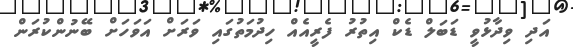
އަދި ވިދާޅުވީ ޑަބަލް ޑެކް އިތުރު ފެރީއެއް ހިދުމަތުގައި ވަރަށް އަވަހަށް ބޭނުންކުރަން